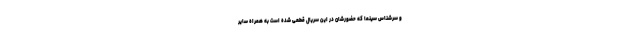
و سرشناس سینما که حضورشان در این سریال قطعی شده است به همراه سایر